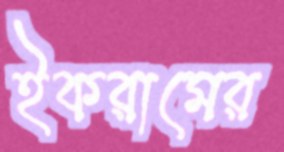
ইকরামের